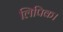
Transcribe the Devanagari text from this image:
लिपिक।